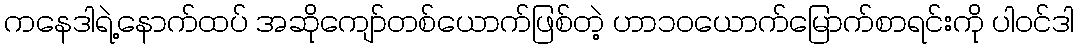
ကနေဒါရဲ့နောက်ထပ် အဆိုကျော်တစ်ယောက်ဖြစ်တဲ့ ဟာ၁၀ယောက်မြောက်စာရင်းကို ပါဝင်ဒါ